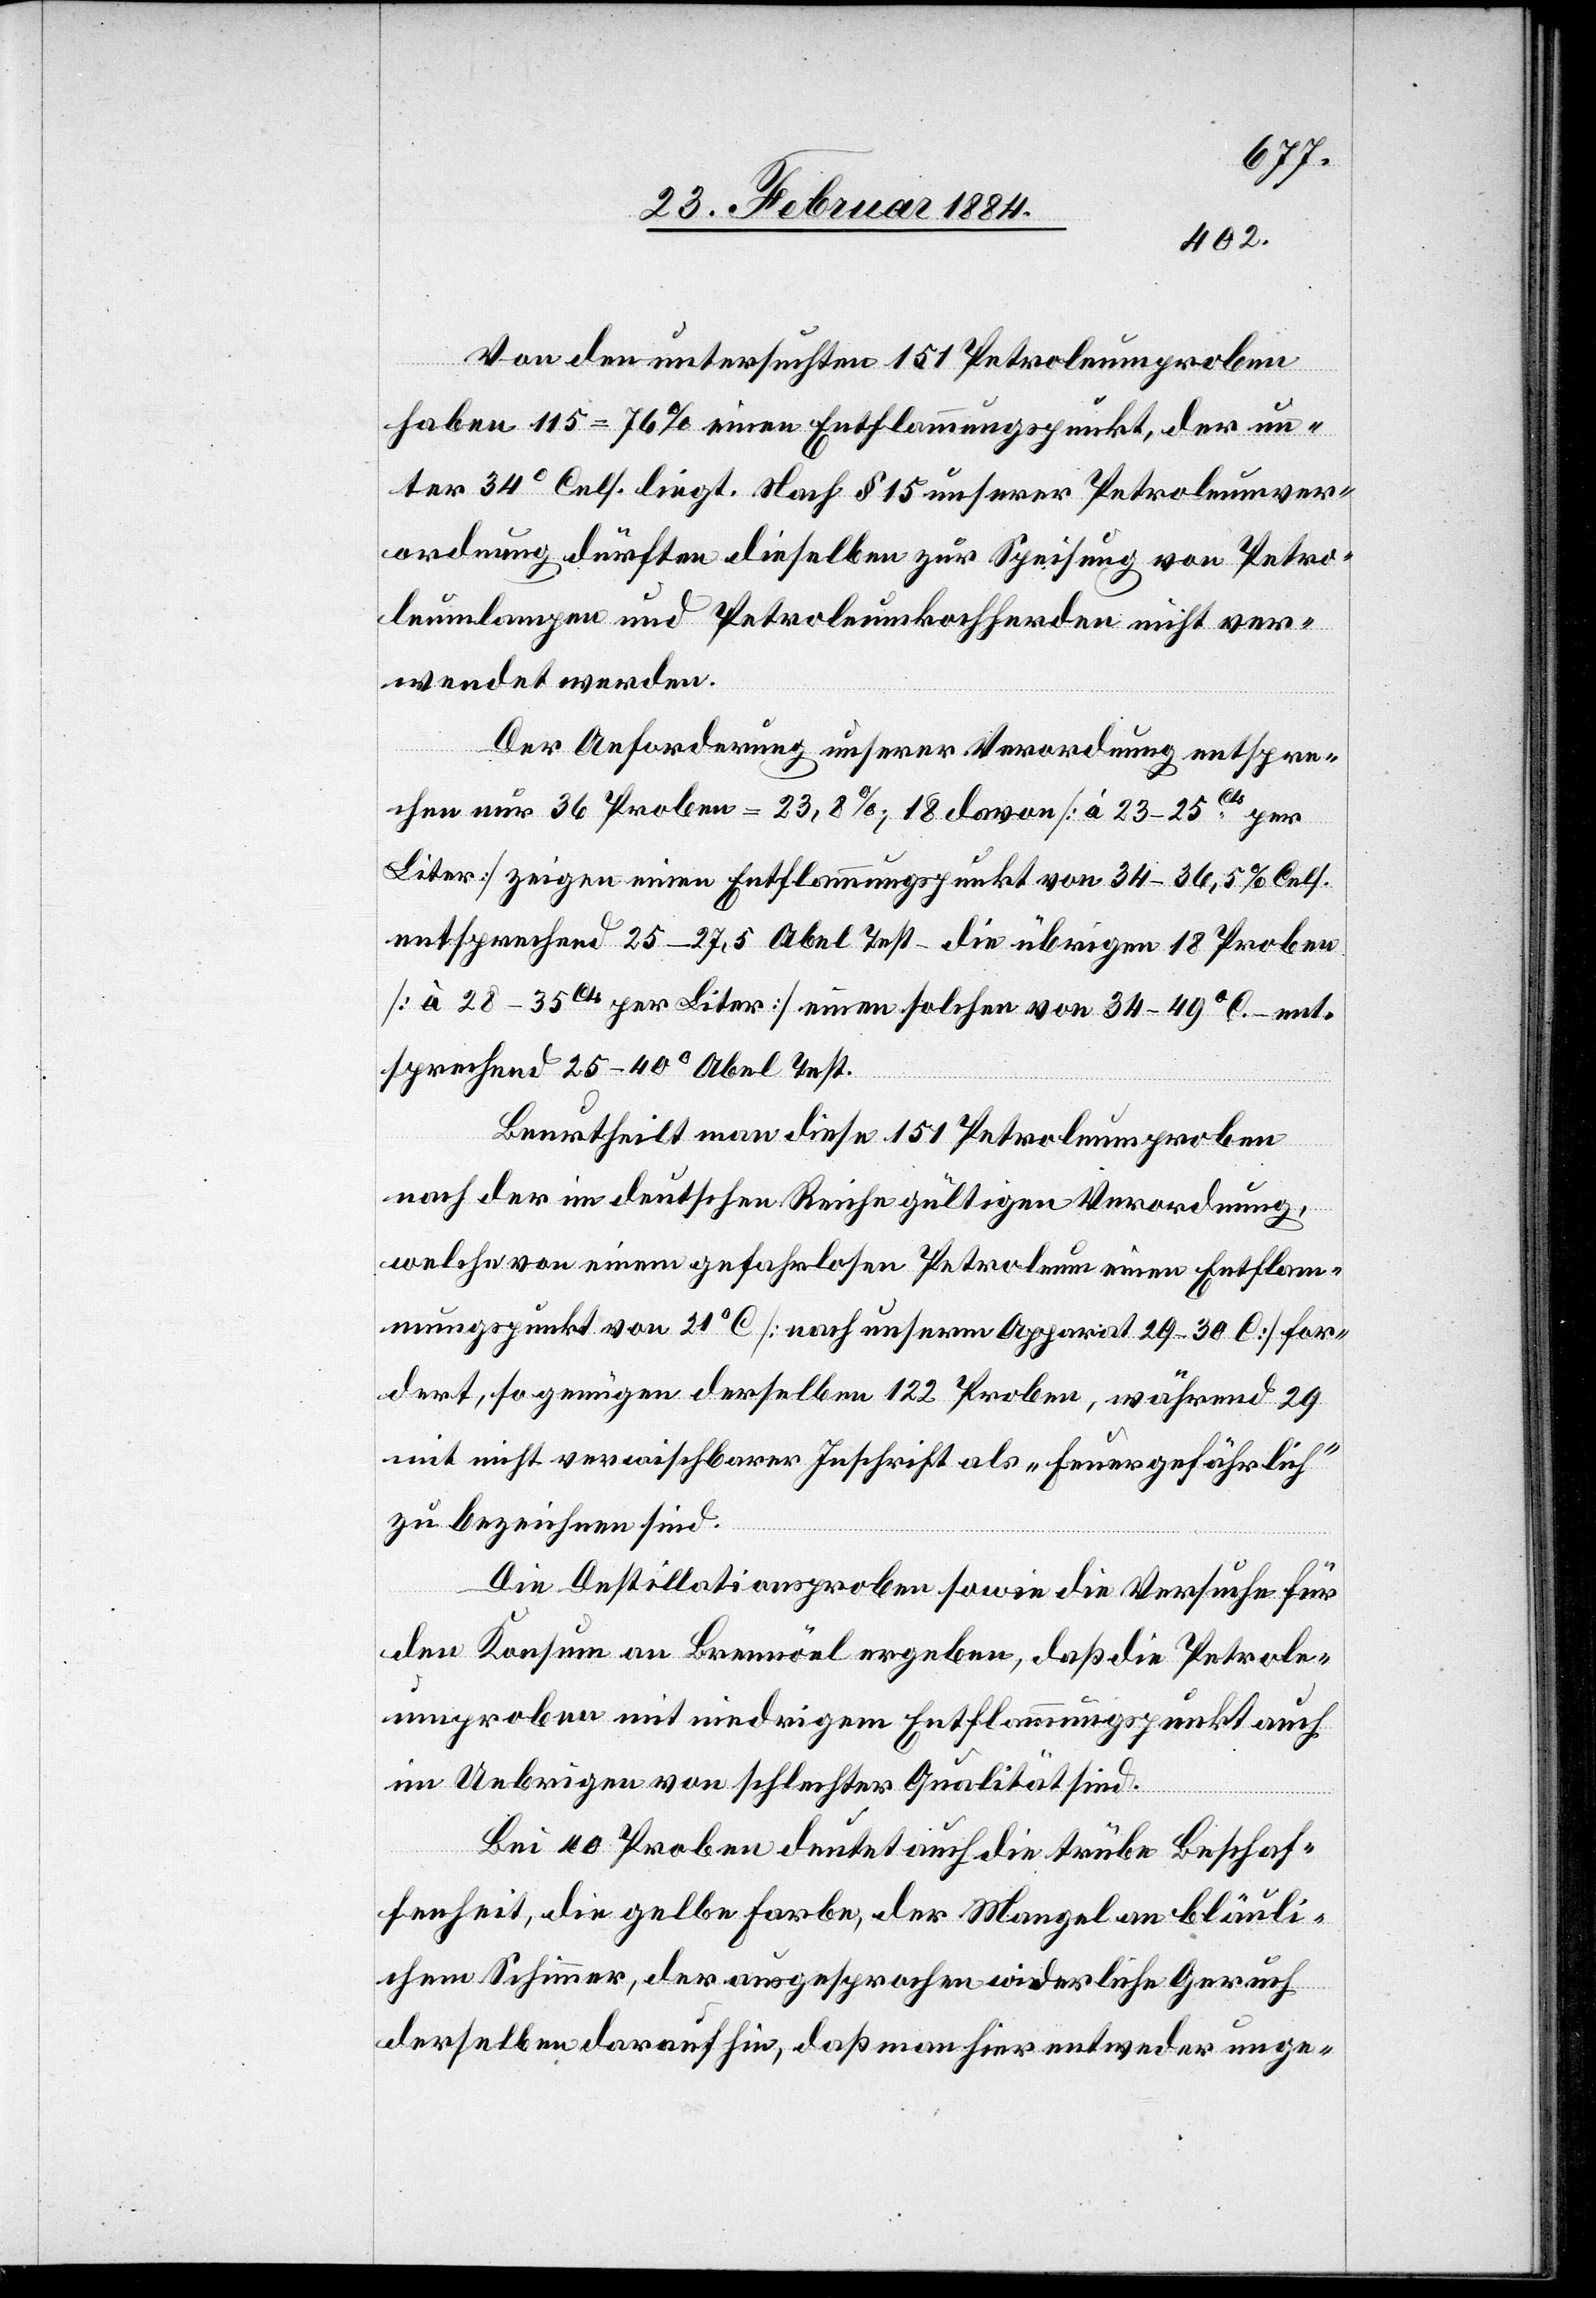
Von den untersuchten 151 Petroleumsproben
haben 115 = 76% einen Entflammungspunkt, der un¬
ter 34° Cels. liegt. Nach § 15 unserer Petroleumsver¬
ordnung dürften dieselben zur Speisung von Petro¬
leumlampen und Petroleumkochherden nicht ver¬
wendet werden.
Der Anforderung unserer Verordnung entspre¬
chen nur 36 Proben = 23,8%, 18 davon [à 23–25Cls per
Liter] zeigen einen Entflammungspunkt von 34–36,5° Cels.
entsprechend 25–27,5° Abel Test, die übrigen 18 Proben
[à 28–35Cls per Liter] einen solchen von 34–49° C. – ent¬
sprechend 25–40° Abel Test.
Beurteilt man diese 151 Petroleumproben
nach der im deutschen Reiche gültigen Verordnung,
welche von einem gefahrlosen Petroleum einen Entflam¬
mungspunkt von 21° C [nach unserem Apparat 29–30° C] for¬
dert, so genügen derselben 122 Proben, während 29
mit nicht verwischbarer Inschrift als “feuergefährlich“
zu bezeichnen sind.
Die Destillationsproben sowie die Versuche für
den Konsum an Brennöl ergeben, daß die Petrole¬
umsproben mit niedrigem Entflammungspunkt auch
im Uebrigen von schlechter Qualität sind.
Bei 40 Proben deutet auch die trübe Beschaf¬
fenheit, die gelbe Farbe, der Mangel an bläuli¬
chem Schimmer, der ausgesprochene widerliche Geruch
derselben darauf hin, daß man hier entweder unge-